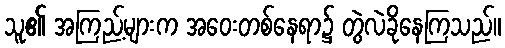
သူ၏ အကြည့်များက အဝေးတစ်နေရာ၌ တွဲလဲခိုနေကြသည်။